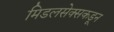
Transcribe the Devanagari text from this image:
मिडलसेक्सकडून